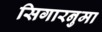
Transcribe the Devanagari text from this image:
सिगारनुमा